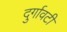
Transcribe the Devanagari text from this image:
दुर्गावटी